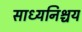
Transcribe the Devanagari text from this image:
साध्यनिश्चय